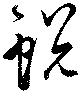
蛻